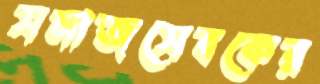
সমাজসেবকের